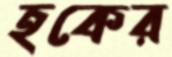
হকের